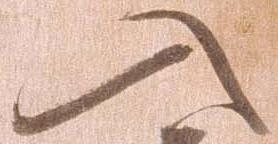
入